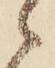
ゝ